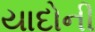
યાદોની